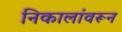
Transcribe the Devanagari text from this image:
निकालांवरून